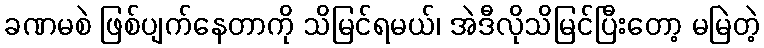
ခဏမစဲ ဖြစ်ပျက်နေတာကို သိမြင်ရမယ်၊ အဲဒီလိုသိမြင်ပြီးတော့ မမြဲတဲ့